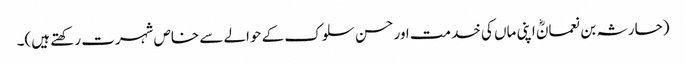
(حارثہ بن نعمانؓ اپنی ماں کی خدمت اور حسن سلوک کے حوالے سے خاص شہرت رکھتے ہیں)۔